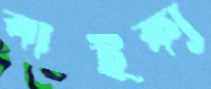
বাইক্য